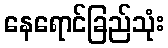
နေရောင်ခြည်သုံး